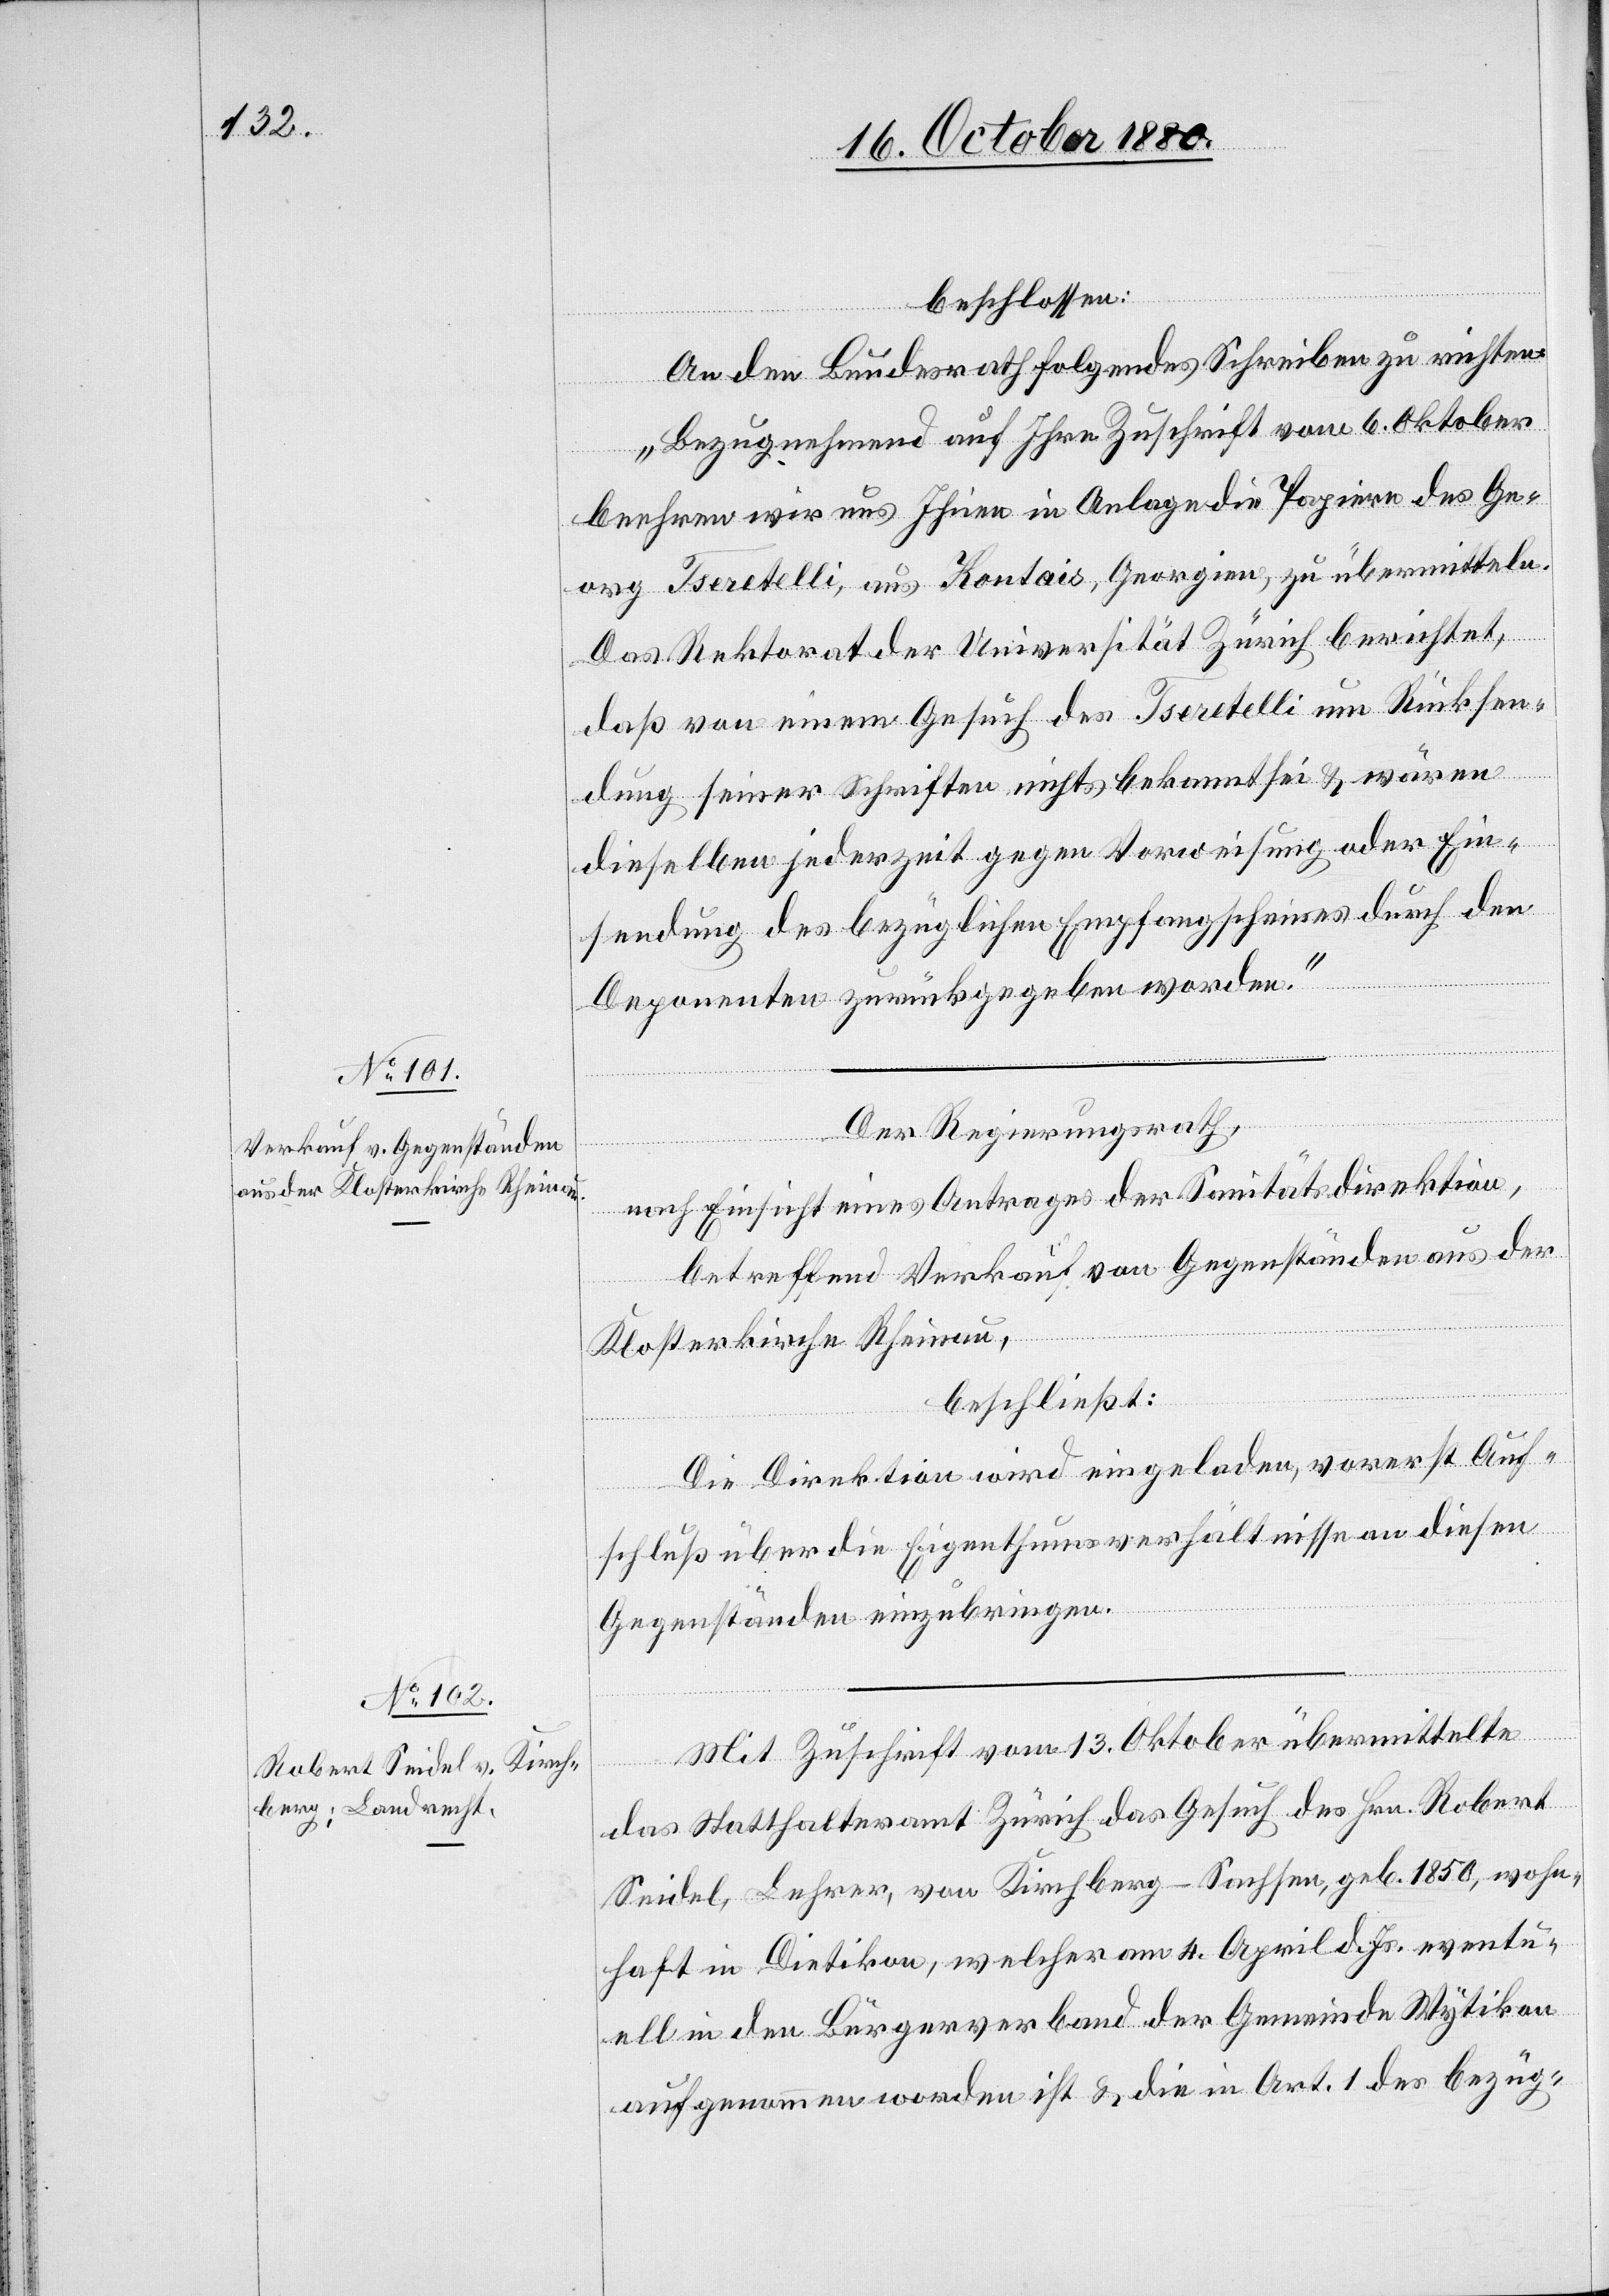
beschlossen:
An den Bundesrath folgendes Schreiben zu richten:
„Bezugnehmend auf Ihre Zuschrift vom 6. Oktober
beehren wir uns Ihnen in Anlage die Papiere des Ge¬
org Fratelli, aus Konstais, Georgien, zu übermitteln.
Das Rektorat der Universität Zürich berichtet,
daß von einem Gesuch des Fratelli um Rücksen¬
dung seiner Schriften nichts bekannt sei & wären
dieselben jederzeit gegen Vorweisung oder Ein¬
sendung des bezüglichen Empfangsscheines durch den
Deponenten zurückgegeben worden.“
Der Regierungsrath,
nach Einsicht eines Antrages der Sanitätsdirektion,
betreffend Verkauf von Gegenständen aus der
Klosterkirche Rheinau,
beschließt:
Die Direktion wird eingeladen, vorerst Auf¬
schluß über die Eigenthumsverhältnisse an diesen
Gegenständen einzubringen.
Mit Zuschrift vom 13. Oktober übermittelte
das Statthalteramt Zürich das Gesuch des Hrn. Robert
Seidel, Lehrer, von Kirchberg - Sachsen, geb. 1850, wohn¬
haft in Dietikon, welcher am 4. April d. Js. eventu¬
ell in den Bürgerverband der Gemeinde Wytikon
aufgenommen worden ist & die in Art. 1 des bezüg-